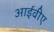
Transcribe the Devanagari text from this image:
आईवीए